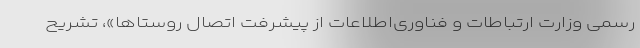
رسمی وزارت ارتباطات و فناوری‌اطلاعات از پیشرفت اتصال روستاها»، تشریح